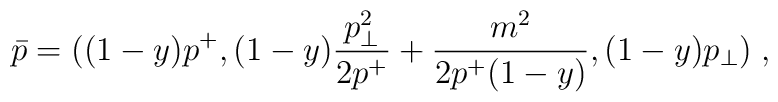
\bar{p}=((1-y)p^+,(1-y){{p_\perp^2 } \over {2p^+}}+{m^2 \over {2p^+(1-y)}},(1-y)p_\perp) \;,